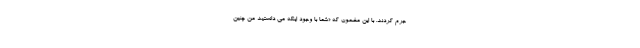
جرم کردند. با این مضمون که «شما با وجود اینکه می دانستید من چنین